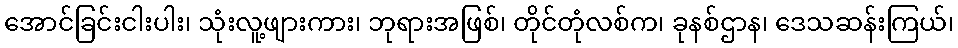
အောင်ခြင်းငါးပါး၊ သုံးလူ့ဖျားကား၊ ဘုရားအဖြစ်၊ တိုင်တုံလစ်က၊ ခုနစ်ဌာန၊ ဒေသဆန်းကြယ်၊